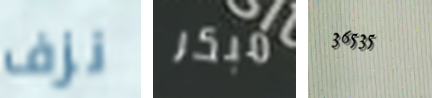
نزف مبكر 36535